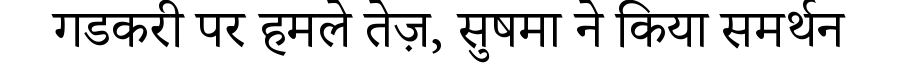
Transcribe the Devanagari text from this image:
गडकरी पर हमले तेज़, सुषमा ने किया समर्थन